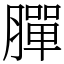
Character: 䐷